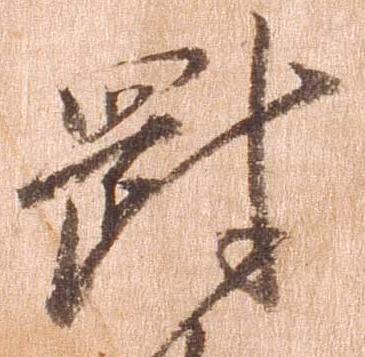
剛